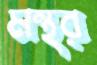
মন্থর